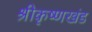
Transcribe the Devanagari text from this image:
श्रीकृष्णखंड